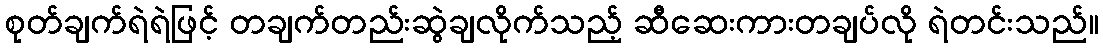
စုတ်ချက်ရဲရဲဖြင့် တချက်တည်းဆွဲချလိုက်သည့် ဆီဆေးကားတချပ်လို ရဲတင်းသည်။